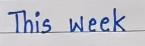
This week